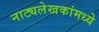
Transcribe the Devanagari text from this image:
नाट्यलेखकांमध्ये